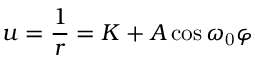
u = { \frac { 1 } { r } } = K + A \cos \omega _ { \mathrm { 0 } } \varphi